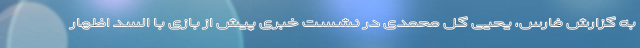
به گزارش فارس، یحیی گل محمدی در نشست خبری پیش از بازی با السد اظهار